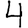
Digit: 4